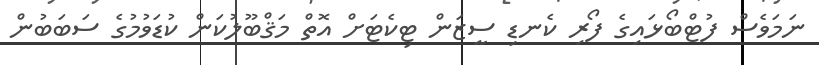
ނަމަވެސް ފުޓްބޯޅައިގެ ފޯރި ކެނޑި ސީޒަން ޓިކެޓަށް އޮތް މަޤްބޫލުކަން ކުޑަވުމުގެ ސަބަބުން